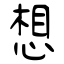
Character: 想